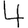
Digit: 4